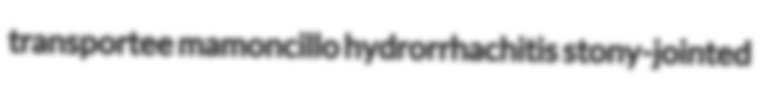
transportee mamoncillo hydrorrhachitis stony-jointed